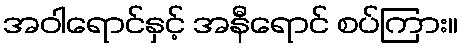
အဝါရောင်နှင့် အနီရောင် စပ်ကြား။